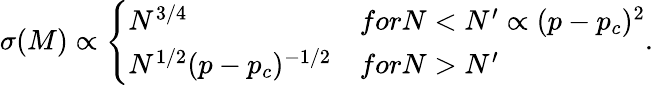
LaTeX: \sigma(M)\propto\left\{ \begin{array}{ll}{N^{3/4}}&{forN<N^{\prime}\propto(p-p_{c})^{2}}\\ {N^{1/2}(p-p_{c})^{-1/2}}&{forN>N^{\prime}}\end{array}\right..